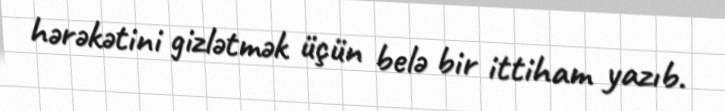
hərəkətini gizlətmək üçün belə bir ittiham yazıb.